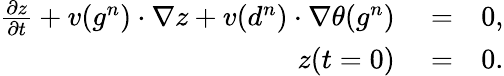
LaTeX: \begin{array}{rlr}{\frac{\partial z}{\partial t}+v(g^{n})\cdot\nabla z+v(d^{n})\cdot\nabla\theta(g^{n})}&{{}=}&{0,}\\ {z(t=0)}&{{}=}&{0.}\end{array}